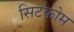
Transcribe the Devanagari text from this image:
सिटकोम